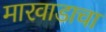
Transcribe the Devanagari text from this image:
मारवाडाचा